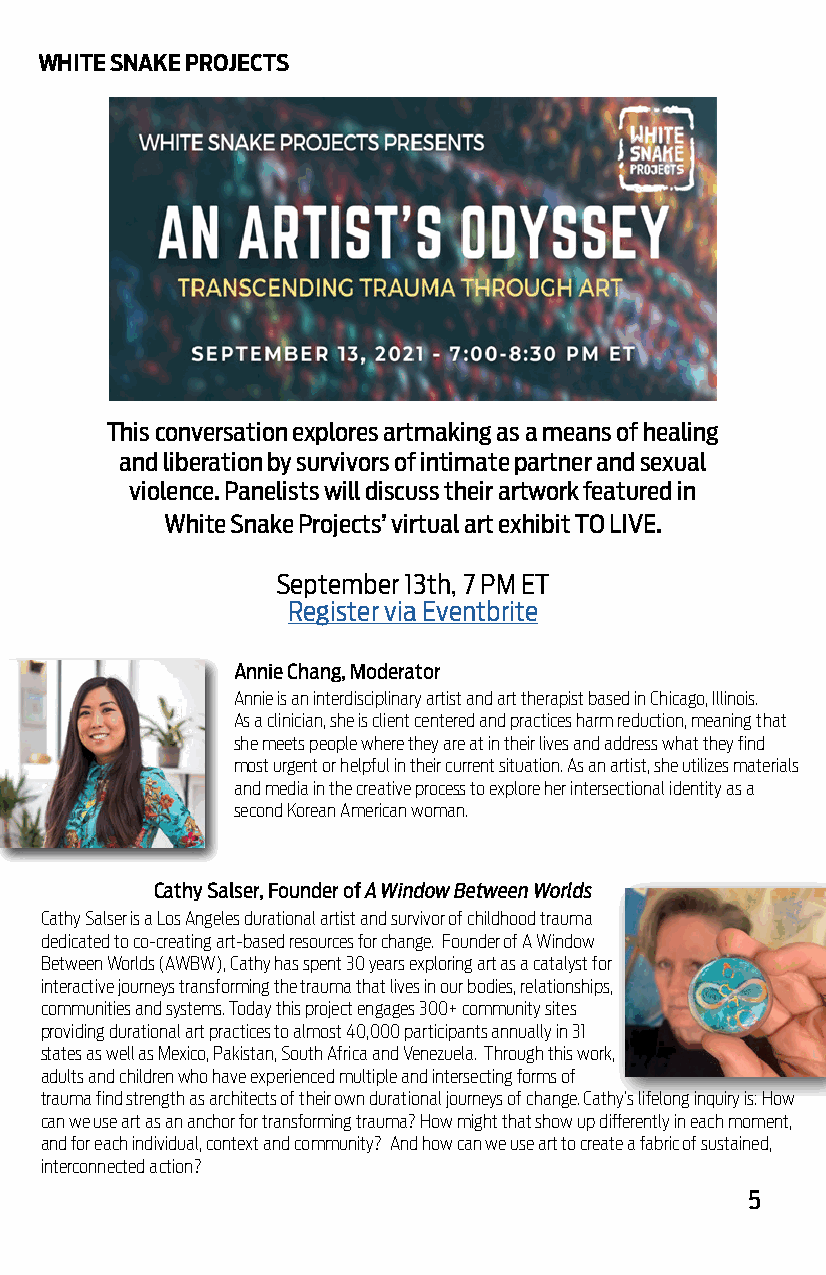
WHITE SNAKE PROJECTS
 This conversation explores artmaking as a means of healing
 and liberation by survivors of intimate partner and sexual
 violence. Panelists will discuss their artwork featured in
 White Snake Projects’ virtual art exhibit TO LIVE.
 September 13th, 7 PM ET
 Register via Eventbrite
 Annie Chang, Moderator
 Annie is an interdisciplinary artist and art therapist based in Chicago, Illinois.
 As a clinician, she is client centered and practices harm reduction, meaning that
 she meets people where they are at in their lives and address what they find
 most urgent or helpful in their current situation. As an artist, she utilizes materials
 and media in the creative process to explore her intersectional identity as a
 second Korean American woman.
 Cathy Salser, Founder of A Window Between Worlds
 Cathy Salser is a Los Angeles durational artist and survivor of childhood trauma
 dedicated to co-creating art-based resources for change. Founder of A Window
 Between Worlds (AWBW), Cathy has spent 30 years exploring art as a catalyst for
 interactive journeys transforming the trauma that lives in our bodies, relationships,
 communities and systems. Today this project engages 300+ community sites
 providing durational art practices to almost 40,000 participants annually in 31
 states as well as Mexico, Pakistan, South Africa and Venezuela. Through this work,
 adults and children who have experienced multiple and intersecting forms of
 trauma find strength as architects of their own durational journeys of change. Cathy’s lifelong inquiry is: How
 can we use art as an anchor for transforming trauma? How might that show up differently in each moment,
 and for each individual, context and community? And how can we use art to create a fabric of sustained,
 interconnected action?
 5